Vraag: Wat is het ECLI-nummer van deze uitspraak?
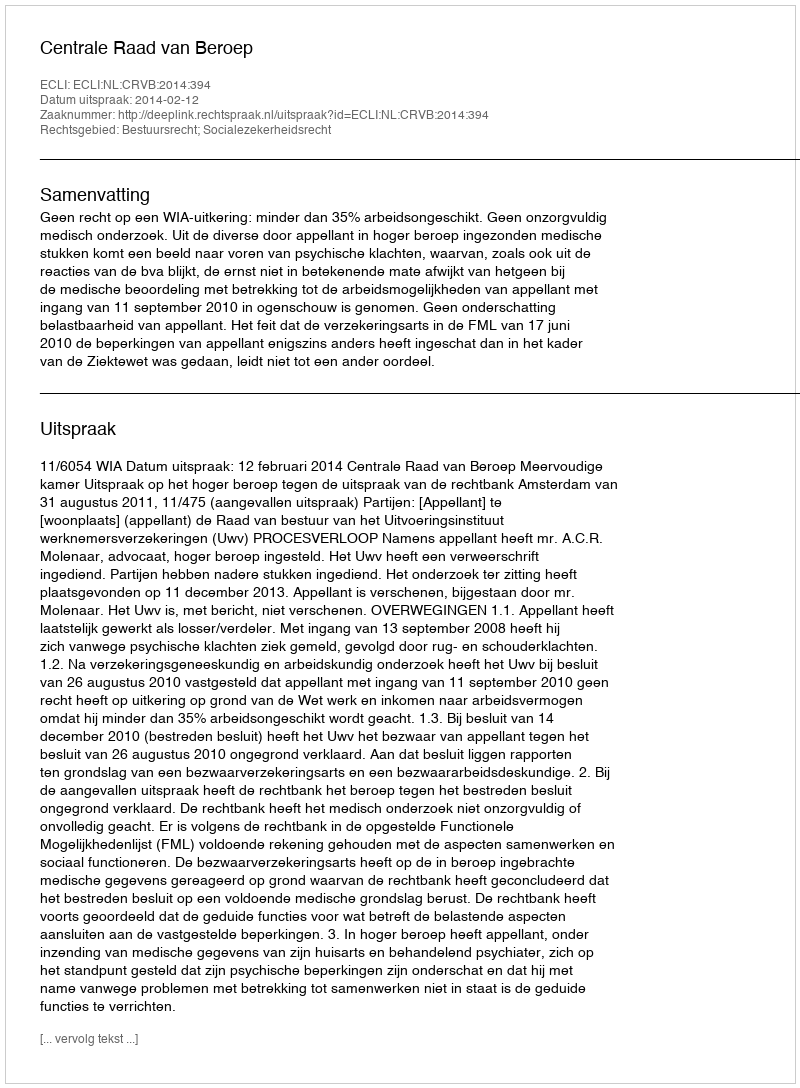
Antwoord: ECLI:NL:CRVB:2014:394